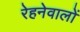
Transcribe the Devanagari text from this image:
रेहनेवालों